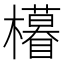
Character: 𣟟